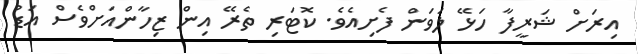
އިރަށް ޝަރީފާ ހަޅޭ ލަވަން ފެށިއެވެ. ކޮޓަރި ތެރޭ އިން ޒިހާންއަށްވެސް އަޑު